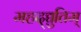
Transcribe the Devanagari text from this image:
महद्‌द्युतिम्